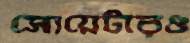
সোয়েটারও